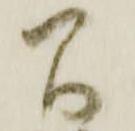
間